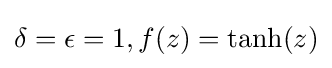
\delta =\epsilon =1,f(z)=\tanh(z)